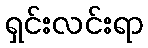
ရှင်းလင်းရာ